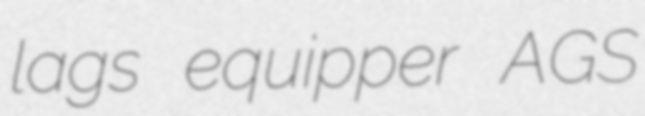
lags equipper AGS